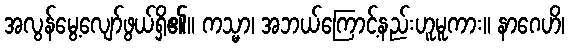
အလွန်မွေ့လျော်ဖွယ်ရှိ၏။ ကသ္မာ၊ အဘယ်ကြောင့်နည်းဟူမူကား။ နာဂေဟိ၊